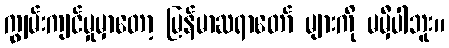
ကျွမ်းကျင်မှုမှာတော့ မြန်မာဆရာတော် များကို မမှီပါဘူး။